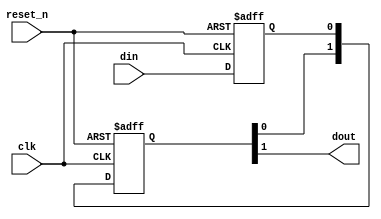
// $Id: //acds/main/ip/sopc/components/primitives/altera_std_synchronizer/altera_std_synchronizer.v#8 $
// $Revision: #8 $
// $Date: 2009/02/18 $
// $Author: pscheidt $
//-----------------------------------------------------------------------------
//
//
// Abstract: Single bit clock domain crossing synchronizer. Exactly the same
//           as altera_std_synchronizer.v, except that the embedded false
//           path constraint is removed in this module. If you use this
//           module, you will have to apply the appropriate timing
//           constraints.
//
//           We expect to make this a standard Quartus atom eventually.
//
//           Composed of two or more flip flops connected in series.
//           Random metastable condition is simulated when the 
//           __ALTERA_STD__METASTABLE_SIM macro is defined.
//           Use +define+__ALTERA_STD__METASTABLE_SIM argument 
//           on the Verilog simulator compiler command line to 
//           enable this mode. In addition, define the macro
//           __ALTERA_STD__METASTABLE_SIM_VERBOSE to get console output 
//           with every metastable event generated in the synchronizer.
//
// Copyright (C) Altera Corporation 2009, All Rights Reserved
//-----------------------------------------------------------------------------

`timescale 1ns / 1ns

module altera_std_synchronizer_nocut (
                                clk, 
                                reset_n, 
                                din, 
                                dout
                                );

   parameter depth = 3; // This value must be >= 2 !
     
   input   clk;
   input   reset_n;    
   input   din;
   output  dout;

   // QuartusII synthesis directives:
   //     1. Preserve all registers ie. do not touch them.
   //     2. Do not merge other flip-flops with synchronizer flip-flops.
   // QuartusII TimeQuest directives:
   //     1. Identify all flip-flops in this module as members of the synchronizer 
   //        to enable automatic metastability MTBF analysis.

   (* altera_attribute = {"-name SYNCHRONIZER_IDENTIFICATION FORCED_IF_ASYNCHRONOUS; -name DONT_MERGE_REGISTER ON; -name PRESERVE_REGISTER ON  "} *) reg din_s1;

   (* altera_attribute = {"-name SYNCHRONIZER_IDENTIFICATION FORCED_IF_ASYNCHRONOUS; -name DONT_MERGE_REGISTER ON; -name PRESERVE_REGISTER ON"} *) reg [depth-2:0] dreg;    
   
   //synthesis translate_off
   initial begin
      if (depth <2) begin
         $display("%m: Error: synchronizer length: %0d less than 2.", depth);
      end
   end

   // the first synchronizer register is either a simple D flop for synthesis
   // and non-metastable simulation or a D flop with a method to inject random
   // metastable events resulting in random delay of [0,1] cycles
   
`ifdef __ALTERA_STD__METASTABLE_SIM

   reg[31:0]  RANDOM_SEED = 123456;      
   wire  next_din_s1;
   wire  dout;
   reg   din_last;
   reg          random;
   event metastable_event; // hook for debug monitoring

   initial begin
      $display("%m: Info: Metastable event injection simulation mode enabled");
   end
   
   always @(posedge clk) begin
      if (reset_n == 0)
        random <= $random(RANDOM_SEED);
      else
        random <= $random;
   end

   assign next_din_s1 = (din_last ^ din) ? random : din;   

   always @(posedge clk or negedge reset_n) begin
       if (reset_n == 0) 
         din_last <= 1'b0;
       else
         din_last <= din;
   end

   always @(posedge clk or negedge reset_n) begin
       if (reset_n == 0) 
         din_s1 <= 1'b0;
       else
         din_s1 <= next_din_s1;
   end
   
`else 

   //synthesis translate_on   
   always @(posedge clk or negedge reset_n) begin
       if (reset_n == 0) 
         din_s1 <= 1'b0;
       else
         din_s1 <= din;
   end
   //synthesis translate_off      

`endif

`ifdef __ALTERA_STD__METASTABLE_SIM_VERBOSE
   always @(*) begin
      if (reset_n && (din_last != din) && (random != din)) begin
         $display("%m: Verbose Info: metastable event @ time %t", $time);
         ->metastable_event;
      end
   end      
`endif

   //synthesis translate_on

   // the remaining synchronizer registers form a simple shift register
   // of length depth-1
   generate
      if (depth < 3) begin
         always @(posedge clk or negedge reset_n) begin
            if (reset_n == 0) 
              dreg <= {depth-1{1'b0}};            
            else
              dreg <= din_s1;
         end         
      end else begin
         always @(posedge clk or negedge reset_n) begin
            if (reset_n == 0) 
              dreg <= {depth-1{1'b0}};
            else
              dreg <= {dreg[depth-3:0], din_s1};
         end
      end
   endgenerate

   assign dout = dreg[depth-2];
   
endmodule